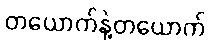
တယောက်နဲ့တယောက်